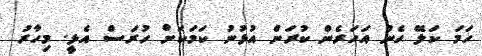
ހަމަ ކަލޭ ހެން އަހަރެން ކުރަން އުޅުނު ކަމަކަށް ހުރަސް އެޅީ. މިހާރު